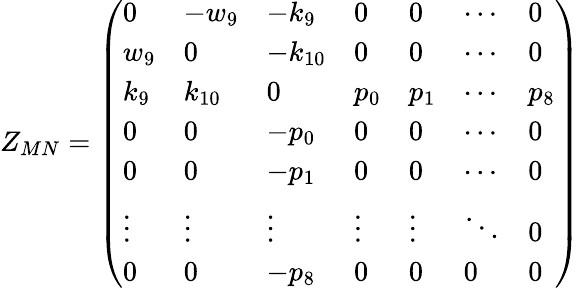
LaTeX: Z_{MN}=\left(\begin{array}{lllllll}{{0}}&{{-w_{9}}}&{{-k_{9}}}&{{0}}&{{0}}&{{\cdots}}&{{0}}\\ {{w_{9}}}&{{0}}&{{-k_{10}}}&{{0}}&{{0}}&{{\cdots}}&{{0}}\\ {{k_{9}}}&{{k_{10}}}&{{0}}&{{p_{0}}}&{{p_{1}}}&{{\cdots}}&{{p_{8}}}\\ {{0}}&{{0}}&{{-p_{0}}}&{{0}}&{{0}}&{{\cdots}}&{{0}}\\ {{0}}&{{0}}&{{-p_{1}}}&{{0}}&{{0}}&{{\cdots}}&{{0}}\\ {{\vdots}}&{{\vdots}}&{{\vdots}}&{{\vdots}}&{{\vdots}}&{{\ddots}}&{{0}}\\ {{0}}&{{0}}&{{-p_{8}}}&{{0}}&{{0}}&{{0}}&{{0}}\end{array}\right)